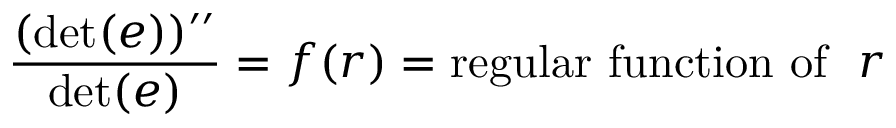
{ \frac { ( \operatorname * { d e t } ( e ) ) ^ { \prime \prime } } { \operatorname * { d e t } ( e ) } } = f ( r ) = \mathrm { r e g u l a r ~ f u n c t i o n ~ o f } ~ ~ r